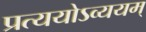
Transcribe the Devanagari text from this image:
प्रत्ययोऽव्ययम्